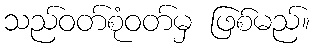
သည်ဝတ်စုံဝတ်မှ ဖြစ်မည်။